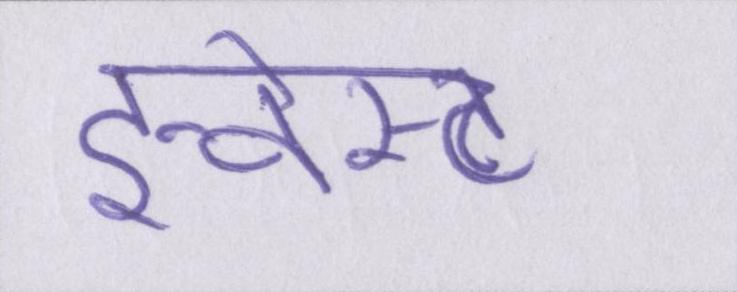
इन्वेस्ट